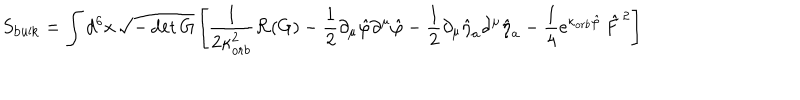
LaTeX: S _ { \mathrm { b u l k } } = \int d ^ { 6 } x \, \sqrt { - \det G } \left[ \frac { 1 } { 2 \kappa _ { o r b } ^ { 2 } } { \cal R } ( G ) - \frac { 1 } { 2 } \partial _ { \mu } \hat { \varphi } \partial ^ { \mu } \hat { \varphi } - \frac { 1 } { 2 } \partial _ { \mu } \hat { \eta } _ { a } \partial ^ { \mu } \hat { \eta } _ { a } - \frac { 1 } { 4 } \mathrm { e } ^ { \kappa _ { o r b } \hat { \varphi } } \, \hat { F } ^ { \, 2 } \right]